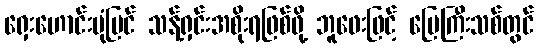
ရှေးဟောင်းပုံပြင် သန့်ရှင်းအစိုးရဖြစ်ဖို့ ဘူဖေးဖြင့် မြေကြီးသစ်တွင်